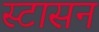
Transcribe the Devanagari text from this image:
स्टासन